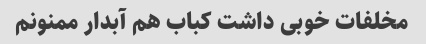
مخلفات خوبی داشت کباب هم آبدار ممنونم